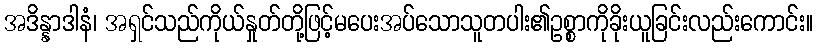
အဒိန္နာဒါနံ၊ အရှင်သည်ကိုယ်နှုတ်တို့ဖြင့်မပေးအပ်သောသူတပါး၏ဥစ္စာကိုခိုးယူခြင်းလည်းကောင်း။